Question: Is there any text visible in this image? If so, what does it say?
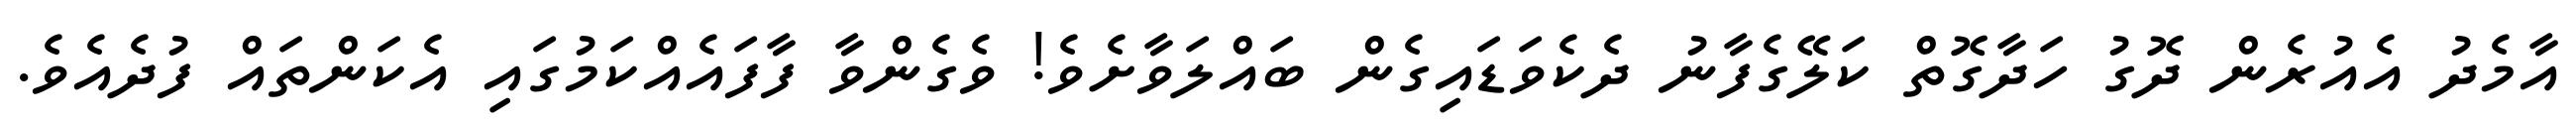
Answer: އާމެދު އެއުރެން ދޮގު ހަދާގޮތް ކަލޭގެފާނު ދެކެވަޑައިގެން ބައްލަވާށެވެ! ވެގެންވާ ފާފައެއްކަމުގައި އެކަންތައް ފުދެއެވެ.